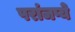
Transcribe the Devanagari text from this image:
परांजप्ये